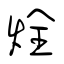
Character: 烇